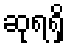
ဆုရရှိ